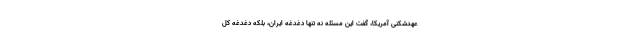
عهدشکنی آمریکا، گفت این مسئله‌ نه تنها دغدغه ایران، بلکه دغدغه کل